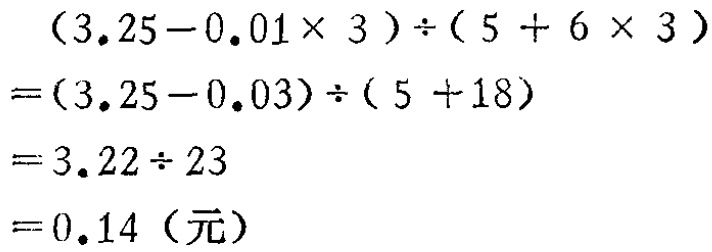
\[
\begin{align*}
&(3.25 - 0.01\times3)\div(5 + 6\times3)\\
=&(3.25 - 0.03)\div(5 + 18)\\
=&3.22\div23\\
=&0.14 (\text{元})
\end{align*}
\]